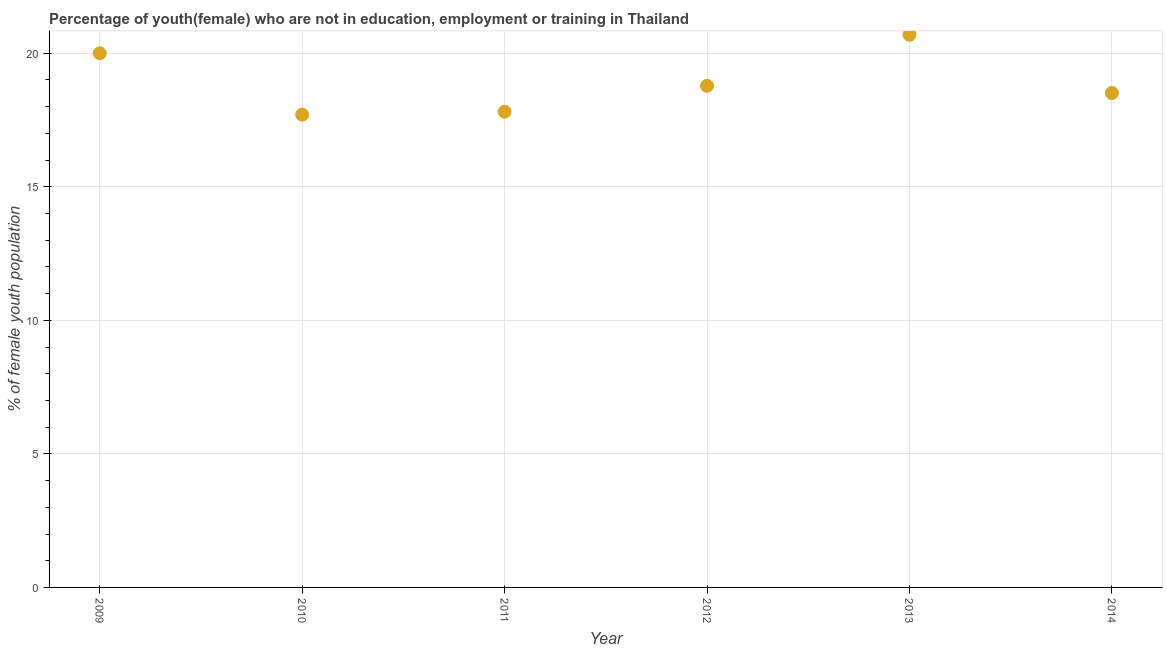
| Year | Unemployed(female) |
 | --- | --- |
 | 2009 | 20 |
 | 2010 | 17.7 |
 | 2011 | 17.8 |
 | 2012 | 18.8 |
 | 2013 | 20.7 |
 | 2014 | 18.5 |